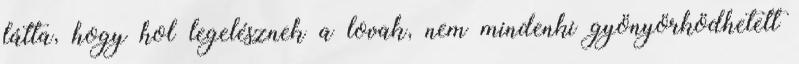
látta, hogy hol legelésznek a lovak, nem mindenki gyönyörködhetett